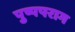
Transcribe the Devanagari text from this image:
पुष्पपराग